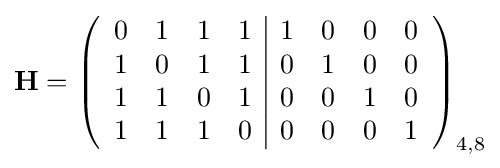
\mathbf {H} =\left({\begin{array}{cccc|cccc}0&1&1&1&1&0&0&0\\1&0&1&1&0&1&0&0\\1&1&0&1&0&0&1&0\\1&1&1&0&0&0&0&1\end{array}}\right)_{4,8}